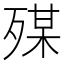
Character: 𣨴